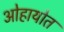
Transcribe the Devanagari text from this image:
ओहायोत